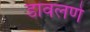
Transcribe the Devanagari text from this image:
डावलणे